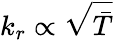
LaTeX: k_{r}\propto\sqrt{\bar{T}}